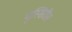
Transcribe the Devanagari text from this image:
मुस्सिरीस